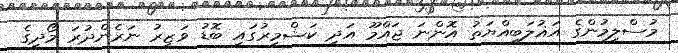
މުސްލިމުންގެ އަޣުލަބިއްޔަތު އޮންނަ ޖައްމޫ އަދި ކަޝްމީރުގައި ބޮޑު ވަޒީރު ނަރެންދުރަ މޯދީގެ